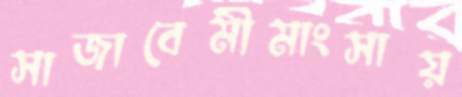
সাজাবেমীমাংসায়